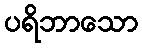
ပရိဘာသော